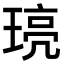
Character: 𤦻